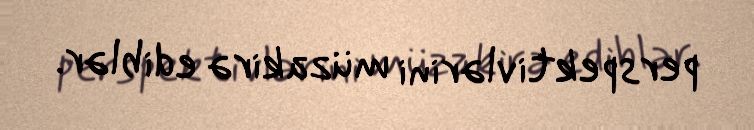
perspektivlərini müzakirə ediblər.